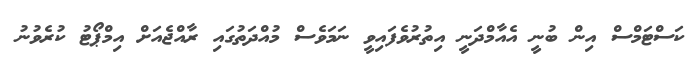
ކަސްޓަމްސް އިން ބުނީ އެއާމްދަނީ އިތުރުވެފައިވީ ނަމަވެސް މުއްދަތުގައި ރާއްޖެއަށް އިމްޕޯޓު ކުރެވުނު